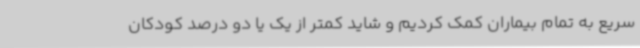
سریع به تمام بیماران کمک کردیم و شاید کمتر از یک یا دو درصد کودکان